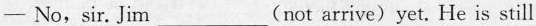
— No,sir. Jim___(not arrive)yet. He is still